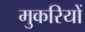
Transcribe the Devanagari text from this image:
मुकरियों